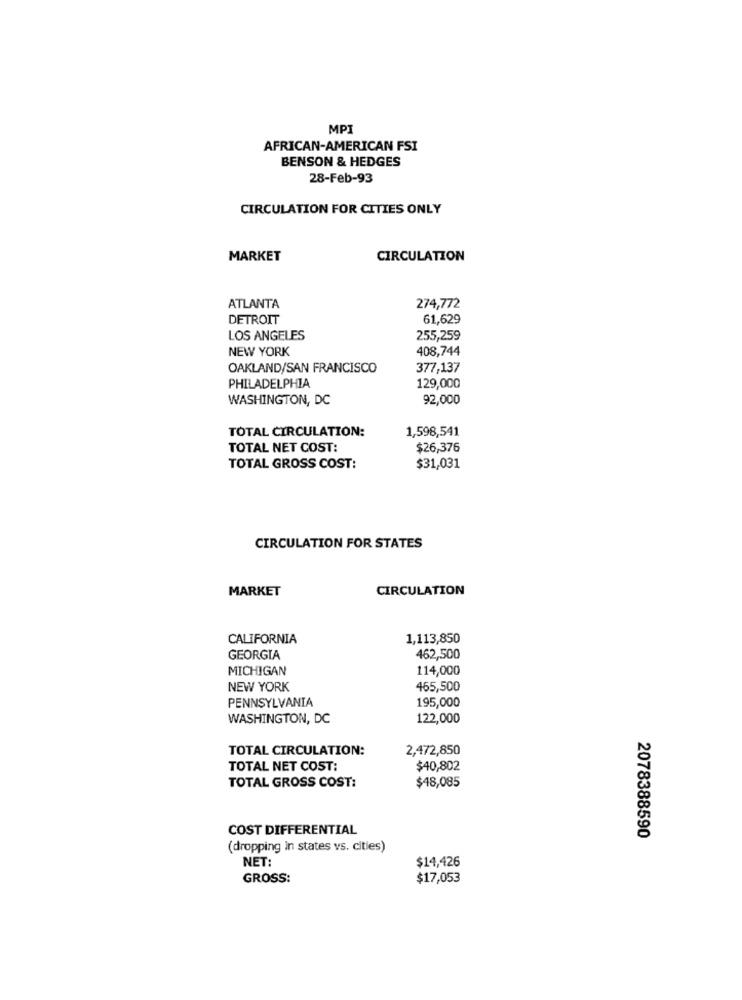
MPI
AFRICAN-AMERICAN FSI
BENSON & HEDGES
28-Feb-93
CIRCULATION FOR CITIES ONLY
MARKET
CIRCULATION
ATLANTA
274,772
DETROIT
61,629
LOS ANGELES
255,259
NEW YORK
408,744
OAKLAND/SAN FRANCISCO
377,137
129,000
PHILADELPHIA
WASHINGTON, DC
92,000
TOTAL CIRCULATION:
1,598,541
TOTAL NET COST:
$26,376
TOTAL GROSS COST:
$31,031
CIRCULATION FOR STATES
MARKET
CIRCULATION
CALIFORNIA
1,113,850
GEORGIA
462,500
MICHIGAN
114,000
NEW YORK
465,500
PENNSYLVANIA
195,000
WASHINGTON, DC
122,000
TOTAL CIRCULATION:
2,472,850
TOTAL NET COST:
$40,802
$48,085
TOTAL GROSS COST:
COST DIFFERENTIAL
2078388590
(dropping in states vs. cities)
NET:
$14,426
GROSS:
$17,053